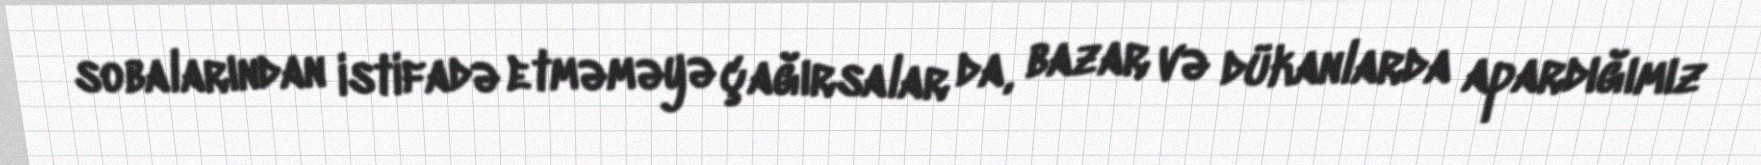
sobalarından istifadə etməməyə çağırsalar da, bazar və dükanlarda apardığımız